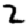
Digit: 2